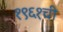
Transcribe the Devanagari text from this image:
१९६१ची